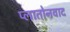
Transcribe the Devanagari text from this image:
प्लातोनवाद